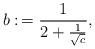
LaTeX: \begin{align*}b :\,= \frac{1}{2 + \frac{1}{\sqrt{c}}},\end{align*}